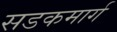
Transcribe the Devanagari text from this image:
सडकमार्ग